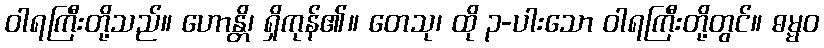
ဝါရကြီးတို့သည်။ ဟောန္တိ၊ ရှိကုန်၏။ တေသု၊ ထို ၃-ပါးသော ဝါရကြီးတို့တွင်။ ဓမ္မဝ